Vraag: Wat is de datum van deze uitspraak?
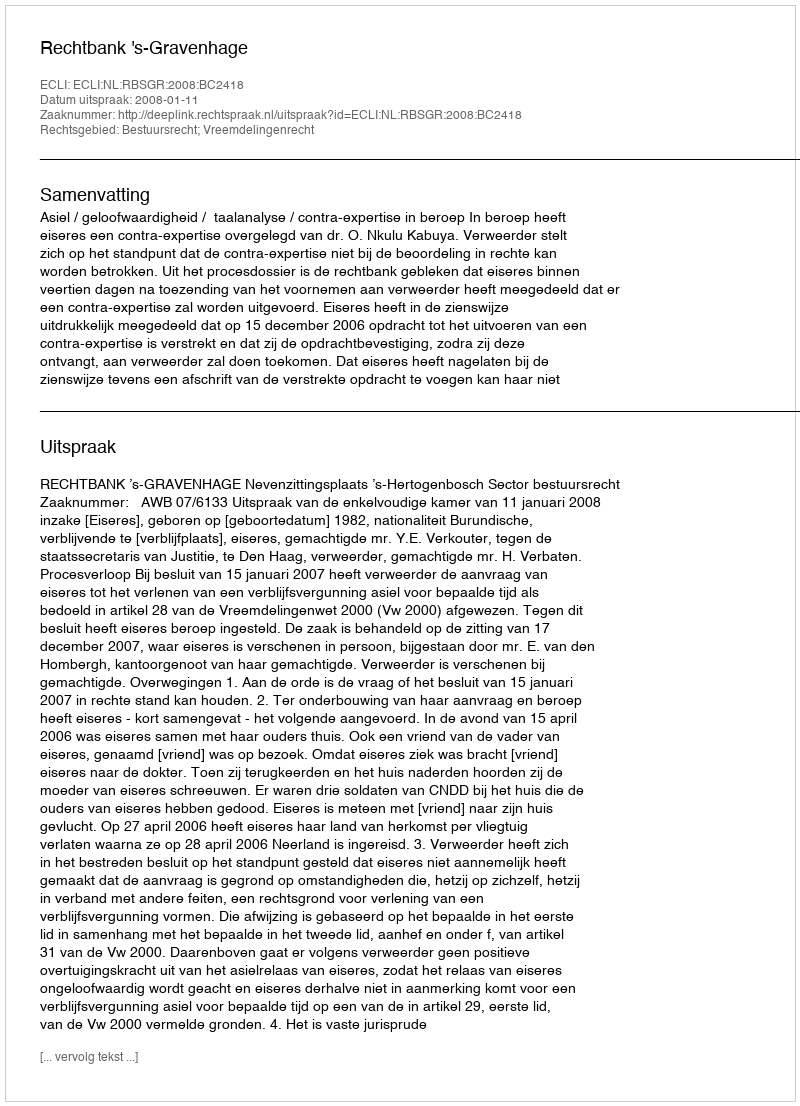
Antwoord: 2008-01-11